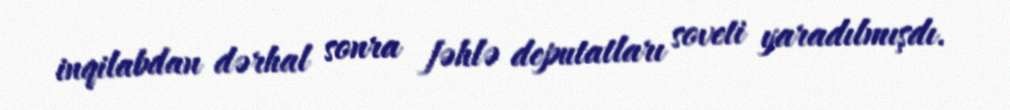
inqilabdan dərhal sonra fəhlə deputatları soveti yaradılmışdı.